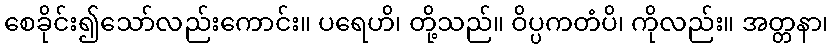
စေခိုင်း၍သော်လည်းကောင်း။ ပရေဟိ၊ တို့သည်။ ဝိပ္ပကတံပိ၊ ကိုလည်း။ အတ္တနာ၊